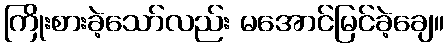
ကြိုးစားခဲ့သော်လည်း မအောင်မြင်ခဲ့ချေ။